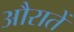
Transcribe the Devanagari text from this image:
औरातें